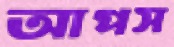
আপস